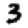
Digit: 3